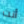
أنت